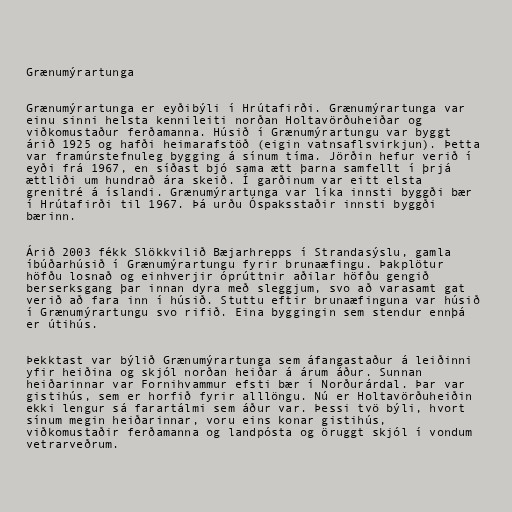
Grænumýrartunga

Grænumýrartunga er eyðibýli í Hrútafirði. Grænumýrartunga var
einu sinni helsta kennileiti norðan Holtavörðuheiðar og
viðkomustaður ferðamanna. Húsið í Grænumýrartungu var byggt
árið 1925 og hafði heimarafstöð (eigin vatnsaflsvirkjun). Þetta
var framúrstefnuleg bygging á sínum tíma. Jörðin hefur verið í
eyði frá 1967, en síðast bjó sama ætt þarna samfellt í þrjá
ættliði um hundrað ára skeið. Í garðinum var eitt elsta
grenitré á íslandi. Grænumýrartunga var líka innsti byggði bær
í Hrútafirði til 1967. Þá urðu Óspaksstaðir innsti byggði
bærinn.

Árið 2003 fékk Slökkvilið Bæjarhrepps í Strandasýslu, gamla
íbúðarhúsið í Grænumýrartungu fyrir brunaæfingu. Þakplötur
höfðu losnað og einhverjir óprúttnir aðilar höfðu gengið
berserksgang þar innan dyra með sleggjum, svo að varasamt gat
verið að fara inn í húsið. Stuttu eftir brunaæfinguna var húsið
í Grænumýrartungu svo rifið. Eina byggingin sem stendur ennþá
er útihús.

Þekktast var býlið Grænumýrartunga sem áfangastaður á leiðinni
yfir heiðina og skjól norðan heiðar á árum áður. Sunnan
heiðarinnar var Fornihvammur efsti bær í Norðurárdal. Þar var
gistihús, sem er horfið fyrir alllöngu. Nú er Holtavörðuheiðin
ekki lengur sá farartálmi sem áður var. Þessi tvö býli, hvort
sínum megin heiðarinnar, voru eins konar gistihús,
viðkomustaðir ferðamanna og landpósta og öruggt skjól í vondum
vetrarveðrum.